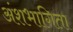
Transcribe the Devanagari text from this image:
अंशभागिता